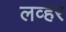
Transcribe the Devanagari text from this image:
लव्हर